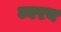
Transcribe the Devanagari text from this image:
ज्वरय